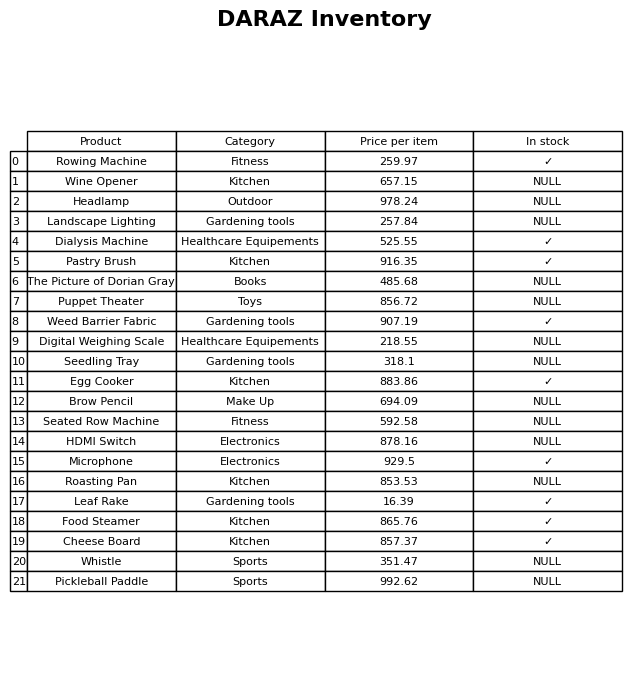
question: Is the Puppet Theater in stock?
answer: NULL